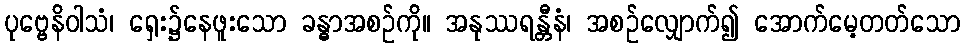
ပုဗ္ဗေနိဝါသံ၊ ရှေး၌နေဖူးသော ခန္ဓာအစဉ်ကို။ အနုဿရန္တီနံ၊ အစဉ်လျှောက်၍ အောက်မေ့တတ်သော